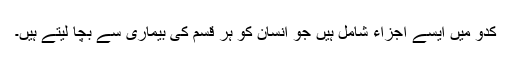
کدّو میں ایسے اجزاء شامل ہیں جو انسان کو ہر قسم کی بیماری سے بچا لیتے ہیں۔